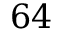
6 4